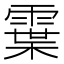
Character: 𩄓